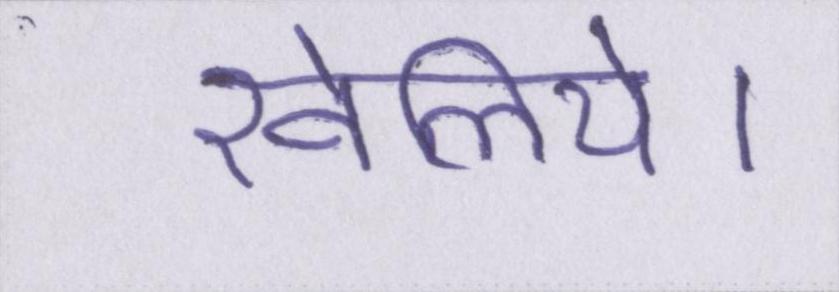
खेलिये।